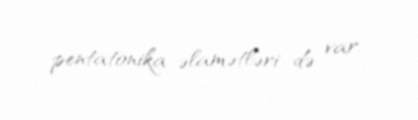
pentatonika əlamətləri də var.